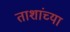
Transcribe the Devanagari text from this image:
ताशांच्या